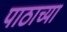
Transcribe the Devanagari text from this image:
पाठाच्या